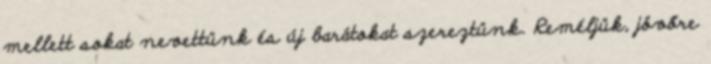
mellett sokat nevettünk és új barátokat szereztünk. Reméljük, jövőre